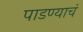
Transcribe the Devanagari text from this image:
पाडण्याचं